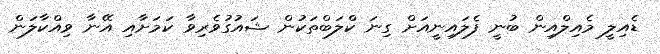
ޑެއިލީ މެއިލްއިން ބުނީ ފެލައިނީއަށް ގިނަ ކްލަބްތަކުން ޝައުގުވެރިވާ ކަމަށާއި އޭނާ ވިއްކާލަން